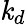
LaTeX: \mathit{k}_{d}